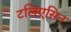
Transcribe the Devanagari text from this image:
टलिएसिन